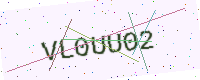
Text: VL0UU02